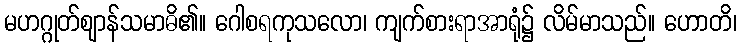
မဟဂ္ဂုတ်ဈာန်သမာဓိ၏။ ဂေါစရကုသလော၊ ကျက်စားရာအာရုံ၌ လိမ်မာသည်။ ဟောတိ၊